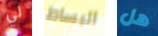
لي البساط هل